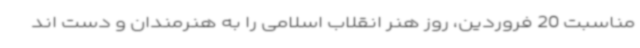
مناسبت 20 فروردین، روز هنر انقلاب اسلامی را به هنرمندان و دست اند